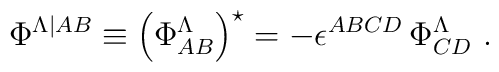
\Phi^{\Lambda\vert{AB}} \equiv \left( \Phi^\Lambda_{AB}\right) ^\star = -  \epsilon^{ABCD} \, \Phi^\Lambda_{CD}~.